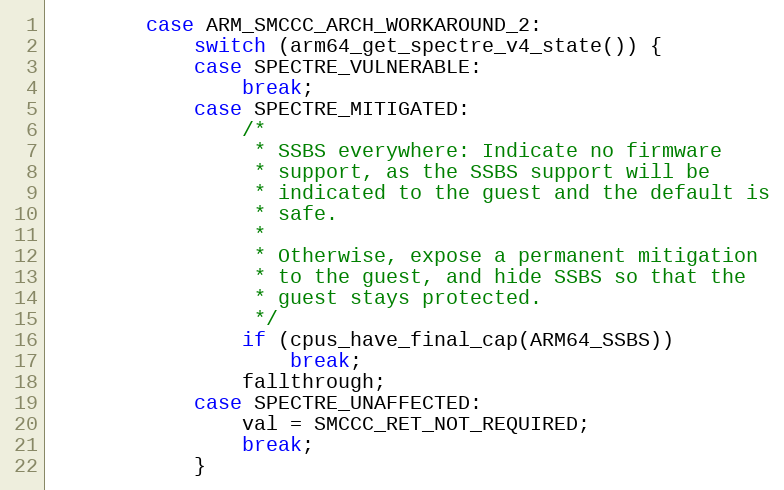
Language: C
		case ARM_SMCCC_ARCH_WORKAROUND_2:
			switch (arm64_get_spectre_v4_state()) {
			case SPECTRE_VULNERABLE:
				break;
			case SPECTRE_MITIGATED:
				/*
				 * SSBS everywhere: Indicate no firmware
				 * support, as the SSBS support will be
				 * indicated to the guest and the default is
				 * safe.
				 *
				 * Otherwise, expose a permanent mitigation
				 * to the guest, and hide SSBS so that the
				 * guest stays protected.
				 */
				if (cpus_have_final_cap(ARM64_SSBS))
					break;
				fallthrough;
			case SPECTRE_UNAFFECTED:
				val = SMCCC_RET_NOT_REQUIRED;
				break;
			}